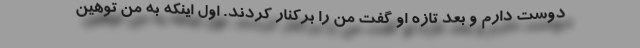
دوست دارم و بعد تازه او گفت من را برکنار کردند. اول اینکه به من توهین